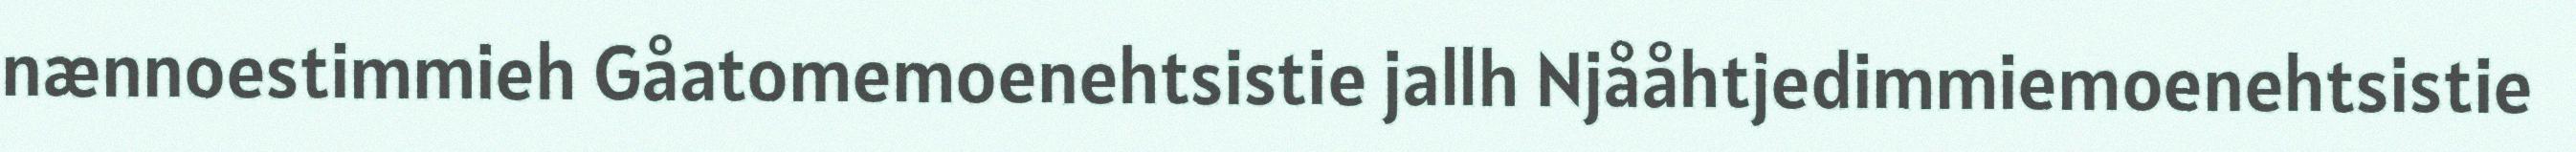
nænnoestimmieh Gåatomemoenehtsistie jallh Njååhtjedimmiemoenehtsistie